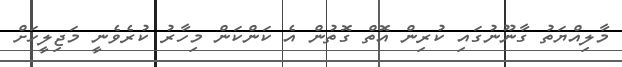
މާލިއްޔަތު ގާނޫނުގައި ކުރިން އޮތް ގޮތުން އެ ކަންކަން މިހާރު ކުރެވެނީ މަޖިލީހަށް